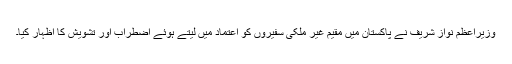
وزیراعظم نواز شریف نے پاکستان میں مقیم غیر ملکی سفیروں کو اعتماد میں لیتے ہوئے اضطراب اور تشویش کا اظہار کیا۔